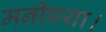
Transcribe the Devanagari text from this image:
मनीषया।